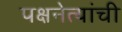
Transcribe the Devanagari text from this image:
पक्षनेत्यांची